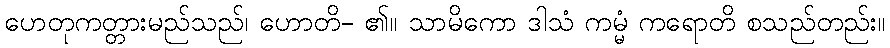
ဟေတုကတ္တားမည်သည်၊ ဟောတိ- ၏။ သာမိကော ဒါသံ ကမ္မံ ကရောတိ စသည်တည်း။